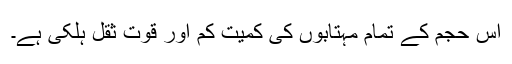
اس حجم کے تمام مہتابوں کی کمیت کم اور قوّت ثقل ہلکی ہے۔